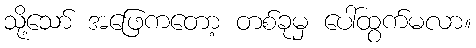
သို့သော် အဖြေကတော့ တစ်ခုမှ ပေါ်ထွက်မလာ။